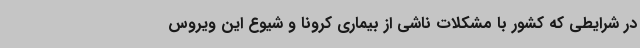
در شرایطی که کشور با مشکلات ناشی از بیماری کرونا و شیوع این ویروس